DOW-UAP-D48, Department of the Air Force Report, 1996
Agency: Department of War
Incident date: 9/10/96
Page 12
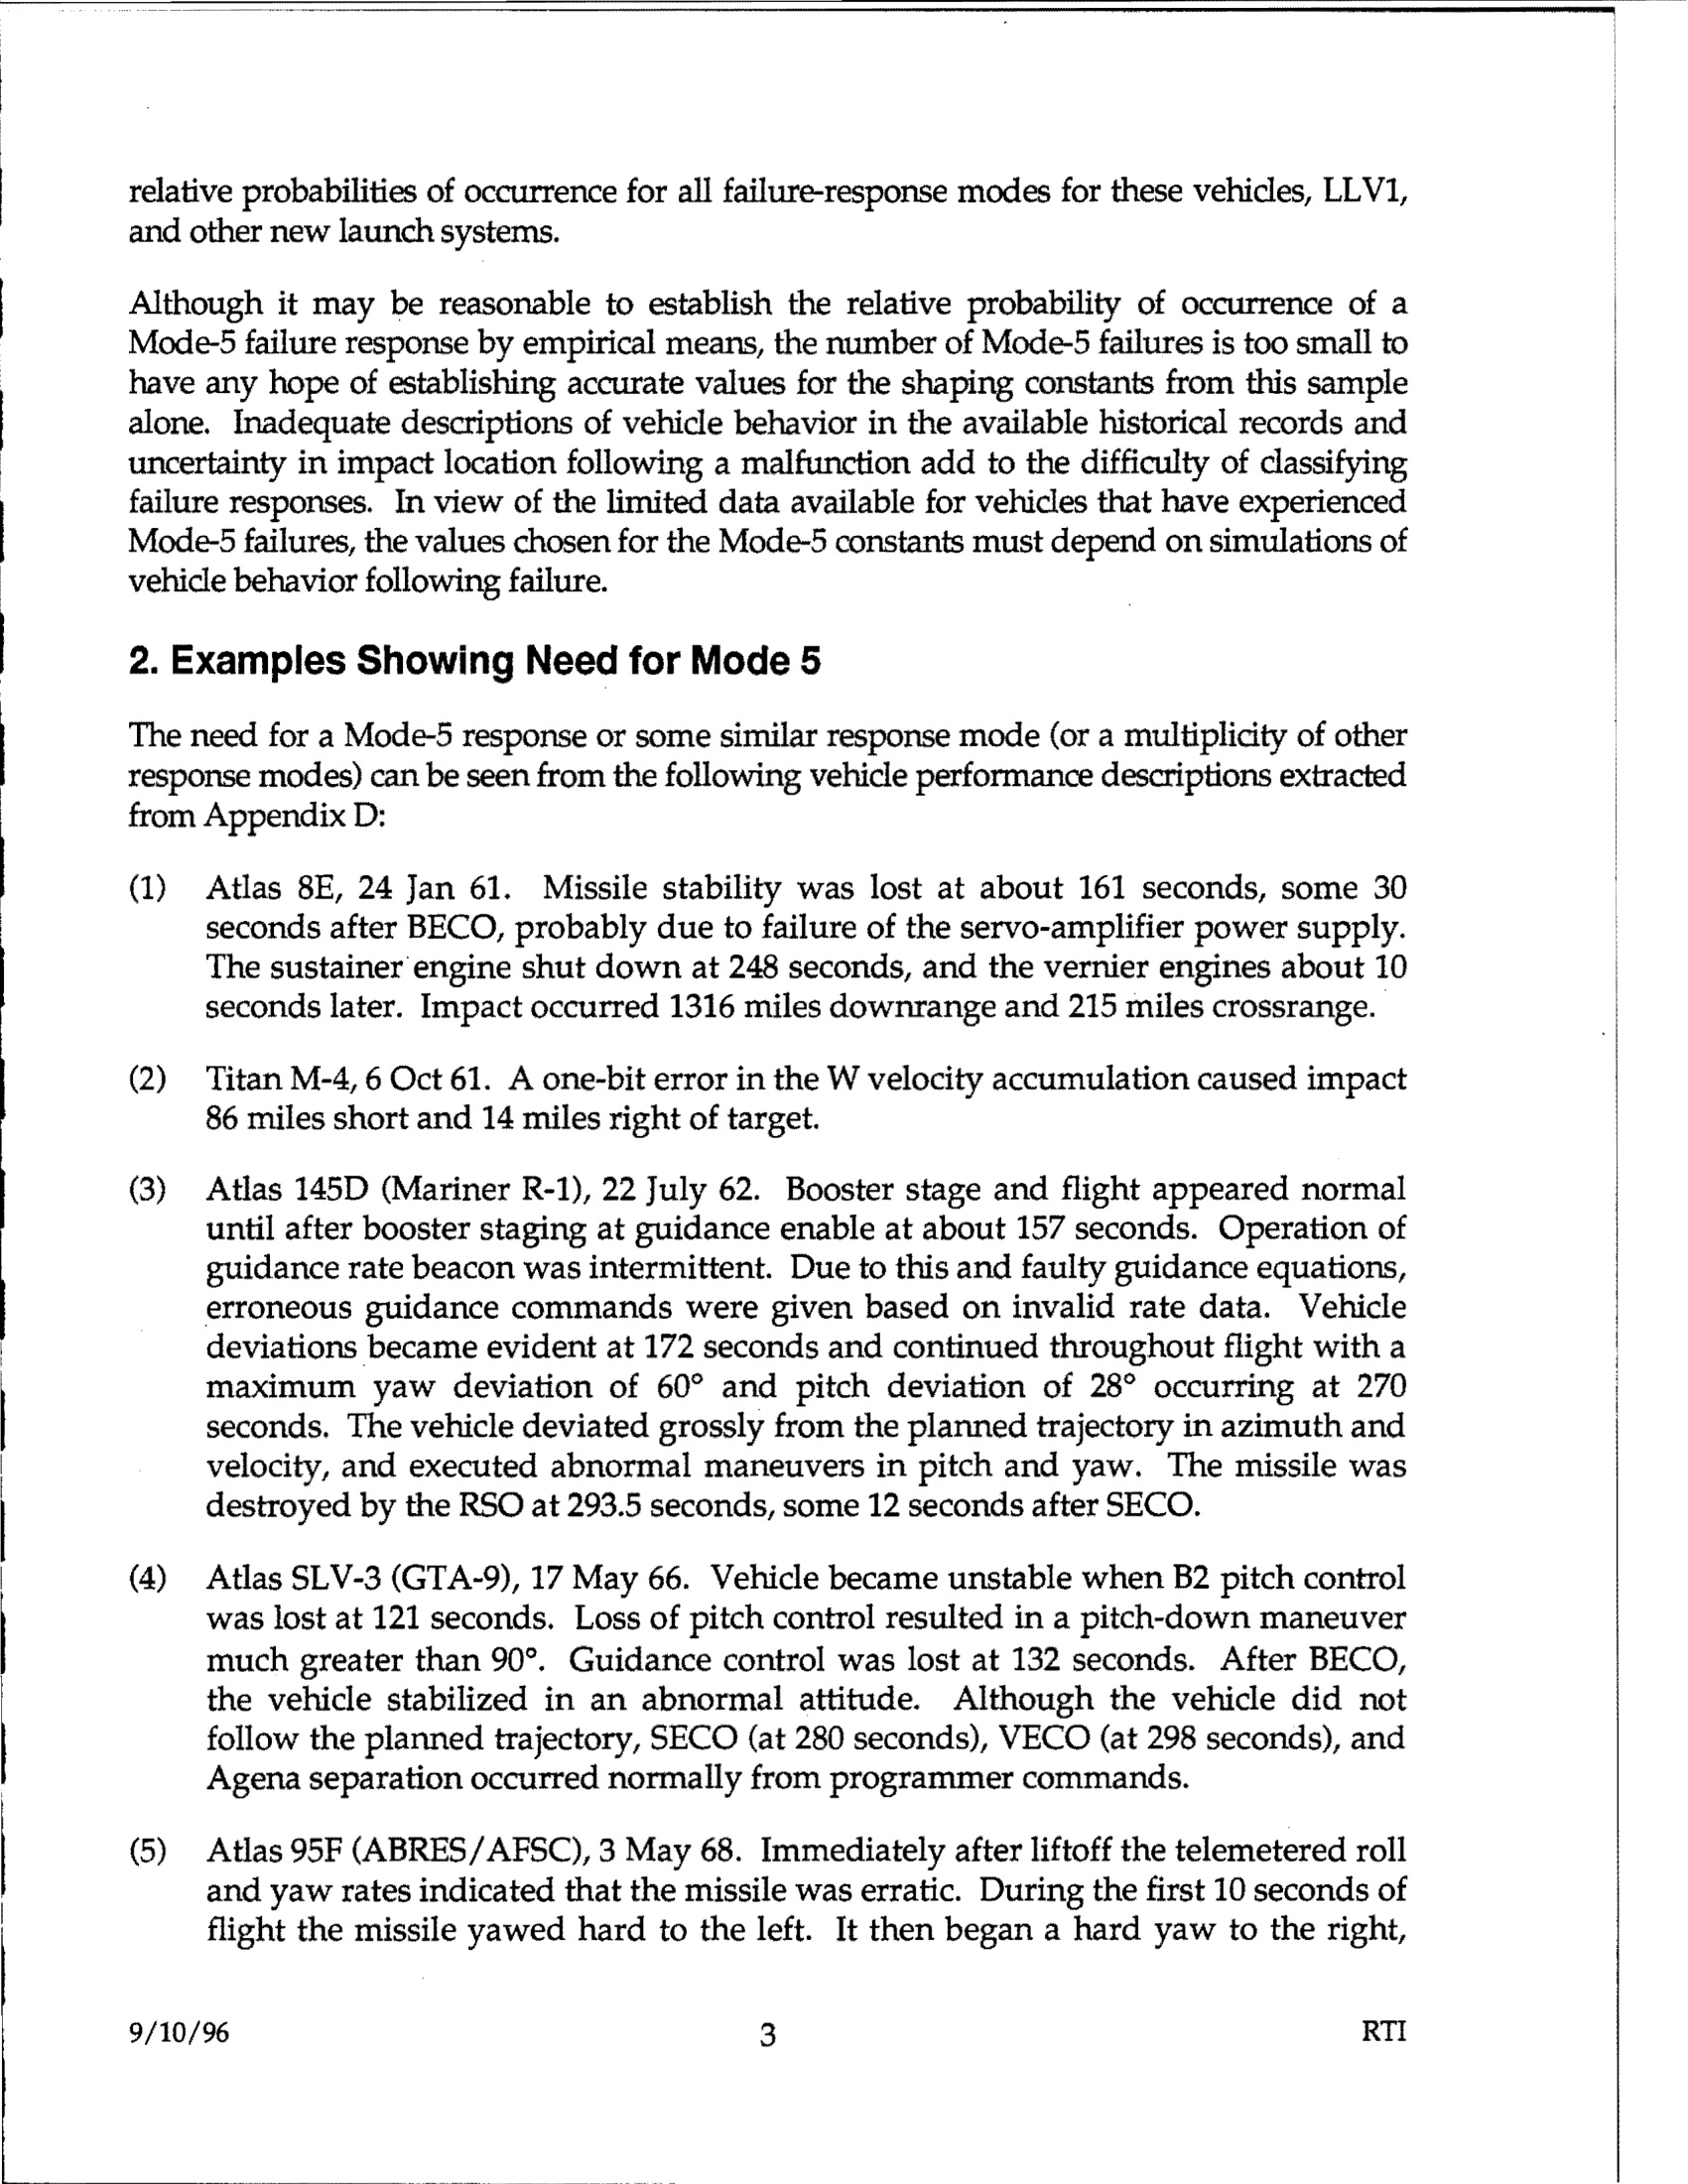